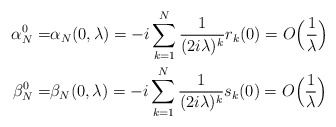
\begin{align*}\alpha_N^0=& \alpha_N(0,\lambda) = -i \sum_{k=1}^N\frac{1}{(2i\lambda)^k}r_k(0)= O\Big(\frac{1}{\lambda}\Big)\\\beta_N^0=& \beta_N(0,\lambda) = -i \sum_{k=1}^N\frac{1}{(2i\lambda)^k}s_k(0)= O\Big(\frac{1}{\lambda}\Big)\end{align*}